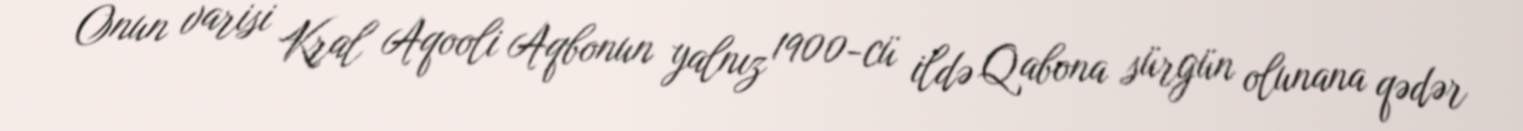
Onun varisi Kral Aqooli Aqbonun yalnız 1900-cü ildə Qabona sürgün olunana qədər